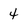
Character: 4